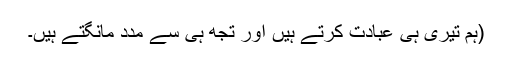
(ہم تیری ہی عبادت کرتے ہیں اور تجھ ہی سے مدد مانگتے ہیں۔